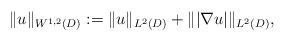
LaTeX: \begin{align*} \|u\|_{W^{1,2}(D)} := \|u\|_{L^2(D)}+\||\nabla u|\|_{L^2(D)}, \end{align*}